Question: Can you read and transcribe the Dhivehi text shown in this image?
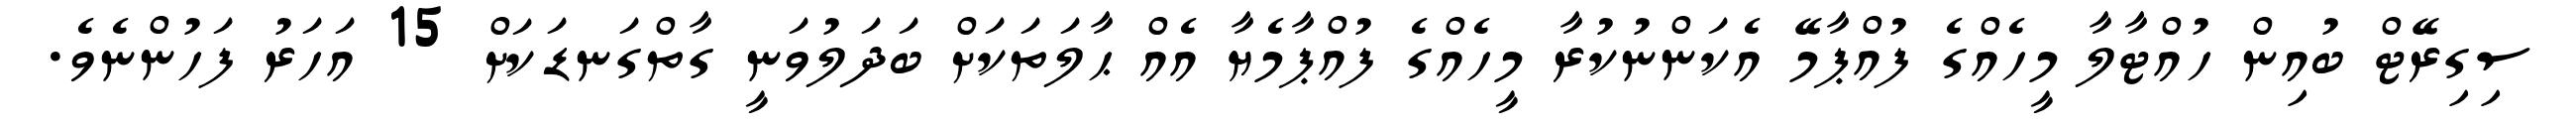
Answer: ސިގިރޭޓް ބުއިން ހުއްޓާލާ މީހެއްގެ ފުއްޕާމޭ އެކަންނުކުރާ މީހެއްގެ ފުއްޕާމެޔާ އެއް ޙާލަތަކަށް ބަދަލުވަނީ ގާތްގަނޑަކަށް 15 އަހަރު ފަހުންނެވެ.